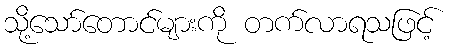
သို့သော်တောင်များကို တက်လာရသဖြင့်